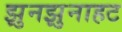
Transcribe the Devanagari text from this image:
झुनझुनाहट